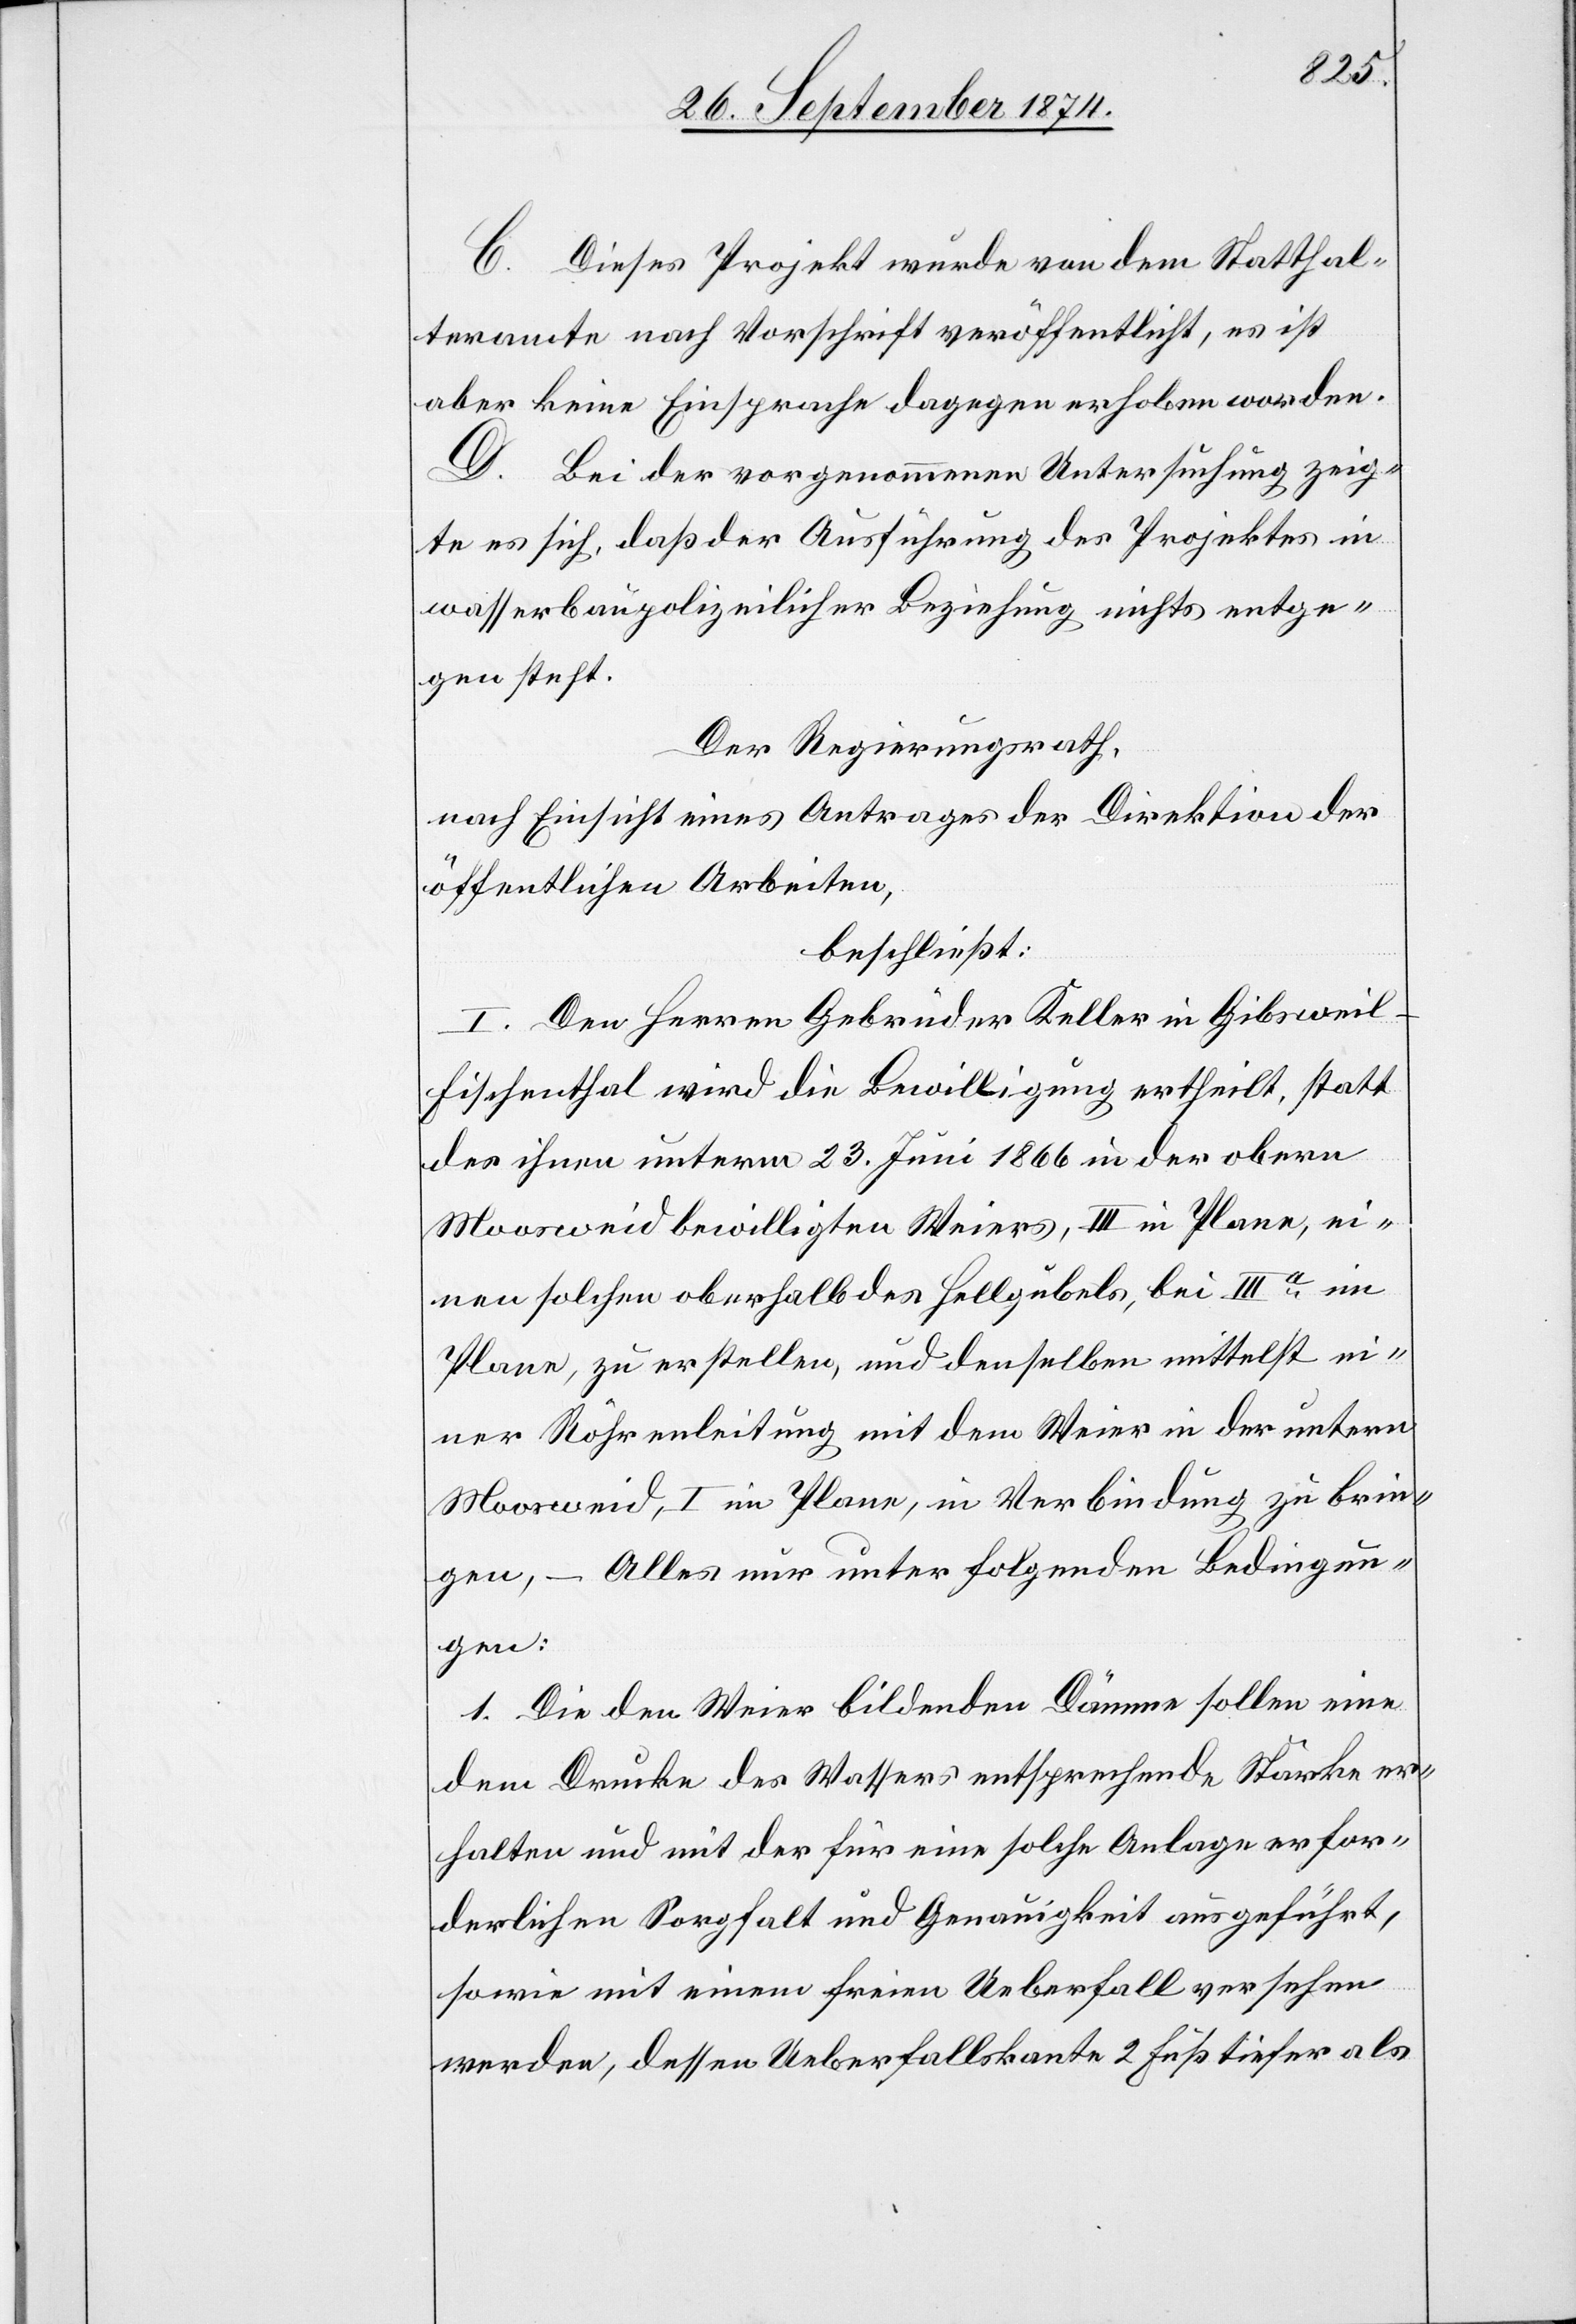
C. Dieses Projekt wurde von dem Statthal¬
teramte nach Vorschrift veröffentlicht, es ist
aber keine Einsprache dagegen erhoben worden.
D. Bei der vorgenommenen Untersuchung zeig¬
te es sich, daß der Ausführung des Projektes in
wasserbaupolizeilicher Beziehung nichts entge¬
gen steht.
Der Regierungsrath,
nach Einsicht eines Antrages der Direktion der
öffentlichen Arbeiten,
beschließt:
I. Den Herren Gebrüder Keller in Gibsweil-F¬
ischenthal wird die Bewilligung ertheilt, statt
des ihnen unterm 23. Juni 1866 in der obern
Moosweid bewilligten Weiers, III im Plane, ei¬
nen solchen oberhalb des Hellgübels [sic!], bei
Plane, zu erstellen, und denselben mittelst ei¬
ner Röhrenleitung mit dem Weier in der untern
Moosweid, I im Plane, in Verbindung zu brin¬
gen, – Alles nur unter folgenden Bedingun¬
gen:
1. Die den Weier bildenden Dämme sollen eine
dem Drucke des Wassers entsprechende Stärke er¬
halten und mit der für eine solche Anlage erfor¬
derlichen Sorgfalt und Genauigkeit ausgeführt,
sowie mit einem freien Ueberfall versehen
werden, dessen Ueberfallskante 2 Fuß tiefer als